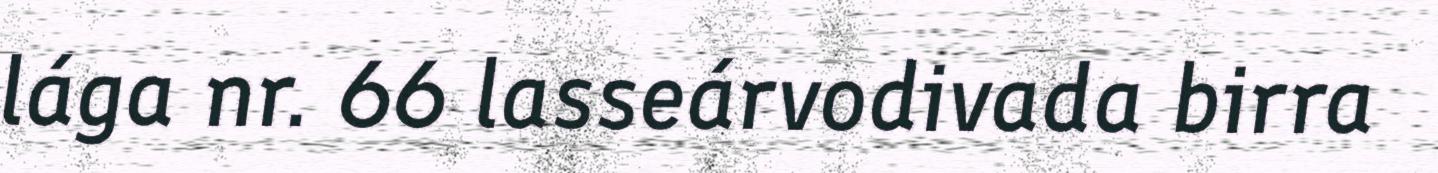
lága nr. 66 lasseárvodivada birra